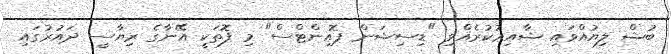
ބުޝް ލިޔުއްވައި ޝާއިޢުކުރެއްވި "ޑިސިޝަން ޕޮއިންޓްސް" މި ފޮތަކީ އޭނާގެ ރިޔާސީ ދައުރުގައި